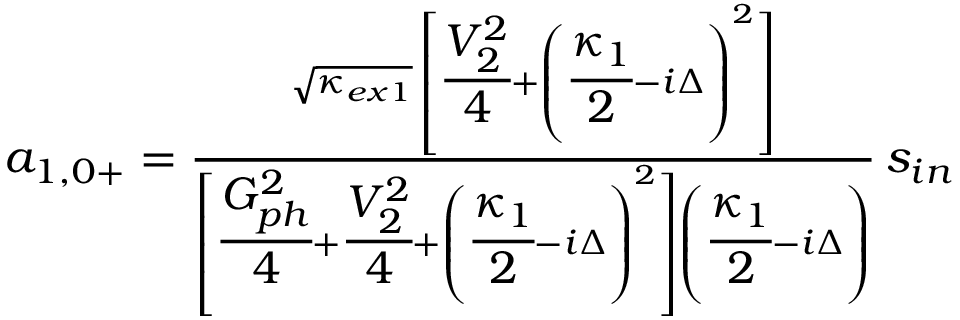
\begin{array} { r } { a _ { 1 , 0 + } = \frac { \sqrt { \kappa _ { e x 1 } } \, \left[ \cfrac { V _ { 2 } ^ { 2 } } { 4 } + \left( \cfrac { \kappa _ { 1 } } { 2 } - i \Delta \right) ^ { 2 } \right] } { \left[ \cfrac { G _ { p h } ^ { 2 } } { 4 } + \cfrac { V _ { 2 } ^ { 2 } } { 4 } + \left( \cfrac { \kappa _ { 1 } } { 2 } - i \Delta \right) ^ { 2 } \right] \left( \cfrac { \kappa _ { 1 } } { 2 } - i \Delta \right) } \, s _ { i n } } \end{array}